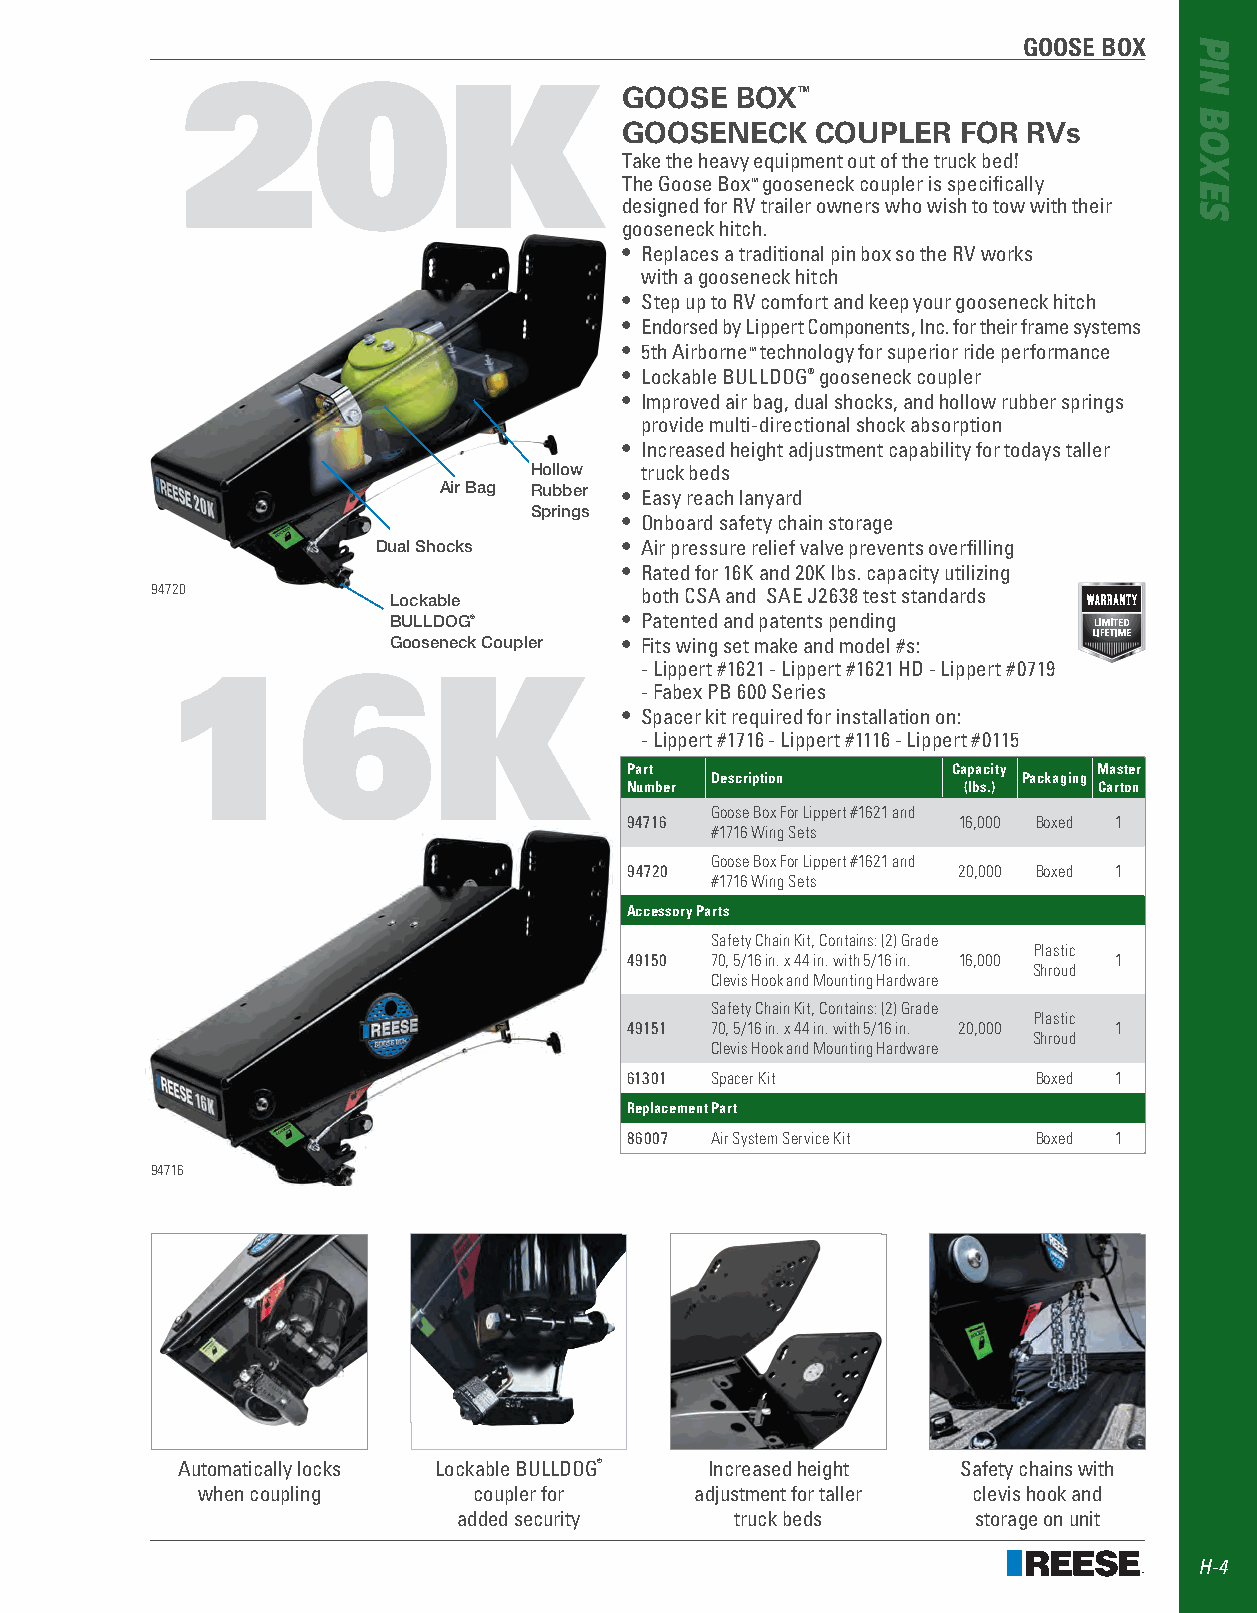
GOOSE BOX
 20K
 GOOSE   BOX™
 GOOSENECK    COUPLER   FOR RVs
 Take the heavy equipment out of the truck bed!
 The Goose Box™ gooseneck coupler is specifically
 designed for RV trailer owners who wish to tow with their
 gooseneck hitch .
 • Replaces a traditional pin box so the RV works
 with a gooseneck hitch
 • Step up to RV comfort and keep your gooseneck hitch
 • Endorsed by Lippert Components, Inc . for their frame systems
 • 5th Airborne™ technology for superior ride performance
 • Lockable BULLDOG® gooseneck coupler
 • Improved air bag, dual shocks, and hollow rubber springs
 provide multi-directional shock absorption
 • Increased height adjustment capability for todays taller
 Hollow truck beds
 Air Bag Rubber • Easy reach lanyard
 Springs
 • Onboard safety chain storage
 Dual Shocks     • Air pressure relief valve prevents overfilling
 • Rated for 16K and 20K lbs . capacity utilizing
 94720           Lockable        both CSA and SAE J2638 test standards
 BULLDOG®       • Patented and patents pending
 Gooseneck Coupler • Fits wing set make and model #s:
 - Lippert #1621 - Lippert #1621 HD - Lippert #0719
 16K
 - Fabex PB 600 Series
 • Spacer kit required for installation on:
 - Lippert #1716 - Lippert #1116 - Lippert #0115
 Part                  Capacity  Master
 Description          Packaging
 Number                 (lbs.)   Carton
 Goose Box For Lippert #1621 and
 94716                 16,000 Boxed 1
 #1716 Wing Sets
 Goose Box For Lippert #1621 and
 94720                 20,000 Boxed 1
 #1716 Wing Sets
 Accessory Parts
 Safety Chain Kit, Contains: (2) Grade
 Plastic
 49150 70, 5/16 in. x 44 in. with 5/16 in. 16,000 1
 Shroud
 Clevis Hook and Mounting Hardware
 Safety Chain Kit, Contains: (2) Grade
 Plastic
 49151 70, 5/16 in. x 44 in. with 5/16 in. 20,000 1
 Shroud
 Clevis Hook and Mounting Hardware
 61301 Spacer Kit            Boxed 1
 Replacement Part
 86007 Air System Service Kit Boxed 1
 94716
 Automatically locks Lockable BULLDOG® Increased height Safety chains with
 when coupling     coupler for    adjustment for taller clevis hook and
 added security     truck beds     storage on unit
 H-4
 PIN
 BOXES